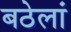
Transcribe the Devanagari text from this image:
बठेलां